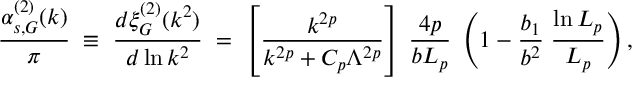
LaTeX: \frac { \alpha _ { s , G } ^ { ( 2 ) } ( k ) } { \pi } \; \equiv \; \frac { d \xi _ { G } ^ { ( 2 ) } ( k ^ { 2 } ) } { d \ln k ^ { 2 } } \; = \; \left[ \frac { k ^ { 2 p } } { k ^ { 2 p } + C _ { p } \Lambda ^ { 2 p } } \right] \: \frac { 4 p } { b L _ { p } } \; \left( 1 - \frac { b _ { 1 } } { b ^ { 2 } } \; \frac { \ln L _ { p } } { L _ { p } } \right) ,